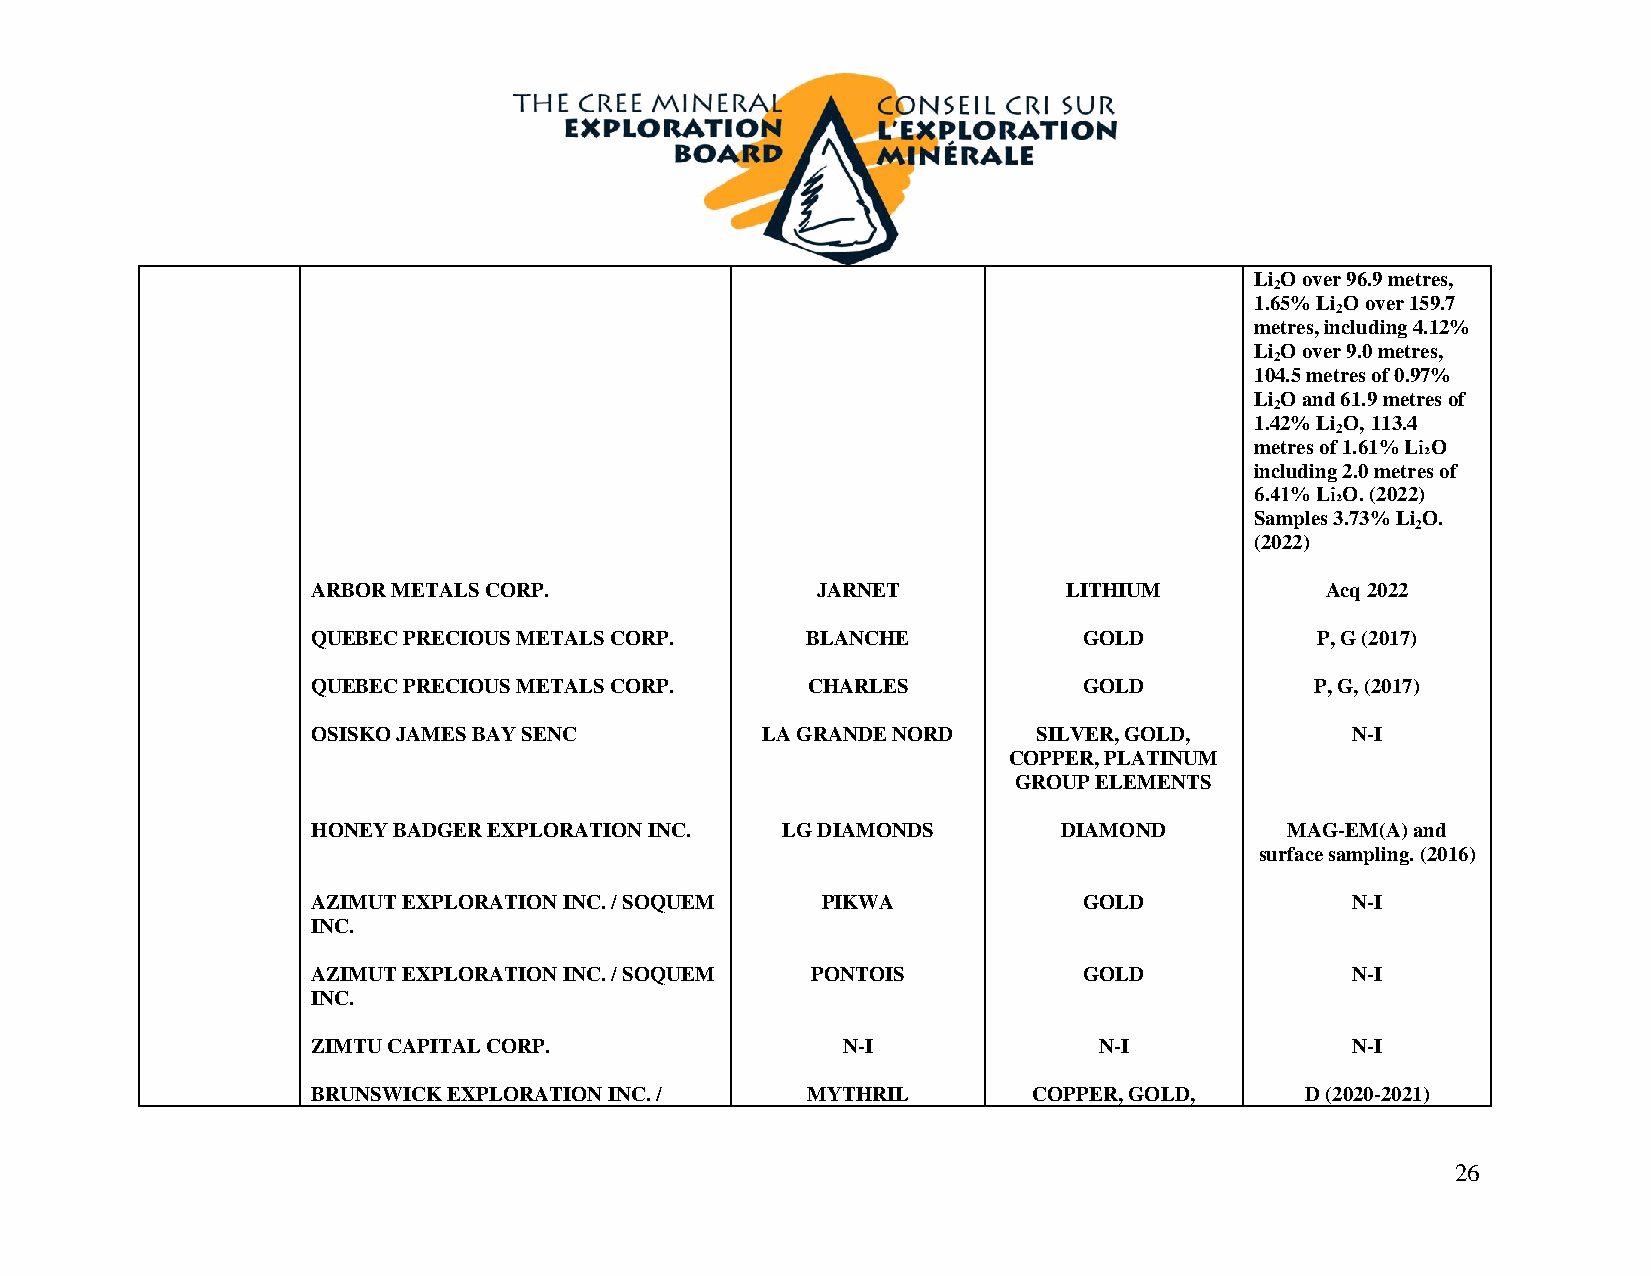
Li O over 96.9 metres,
 2
 1.65% Li O over 159.7
 2
 metres, including 4.12%
 Li O over 9.0 metres,
 2
 104.5 metres of 0.97%
 Li O and 61.9 metres of
 2
 1.42% Li O, 113.4
 2
 metres of 1.61% Li₂O
 including 2.0 metres of
 6.41% Li₂O. (2022)
 Samples 3.73% Li O.
 2
 (2022)
 ARBOR METALS CORP.               JARNET           LITHIUM          Acq 2022
 QUEBEC PRECIOUS METALS CORP.    BLANCHE            GOLD           P, G (2017)
 QUEBEC PRECIOUS METALS CORP.    CHARLES            GOLD           P, G, (2017)
 OSISKO JAMES BAY SENC        LA GRANDE NORD     SILVER, GOLD,       N-I
 COPPER, PLATINUM
 GROUP ELEMENTS
 HONEY BADGER EXPLORATION INC.  LG DIAMONDS       DIAMOND        MAG-EM(A) and
 surface sampling. (2016)
 AZIMUT EXPLORATION INC. / SOQUEM PIKWA             GOLD             N-I
 INC.
 AZIMUT EXPLORATION INC. / SOQUEM PONTOIS           GOLD             N-I
 INC.
 ZIMTU CAPITAL CORP.                N-I              N-I             N-I
 BRUNSWICK EXPLORATION INC. /    MYTHRIL        COPPER, GOLD,     D (2020-2021)
 26